Mental hospitals Bombay report 1929-33 - 1929-1933
Year: 1929
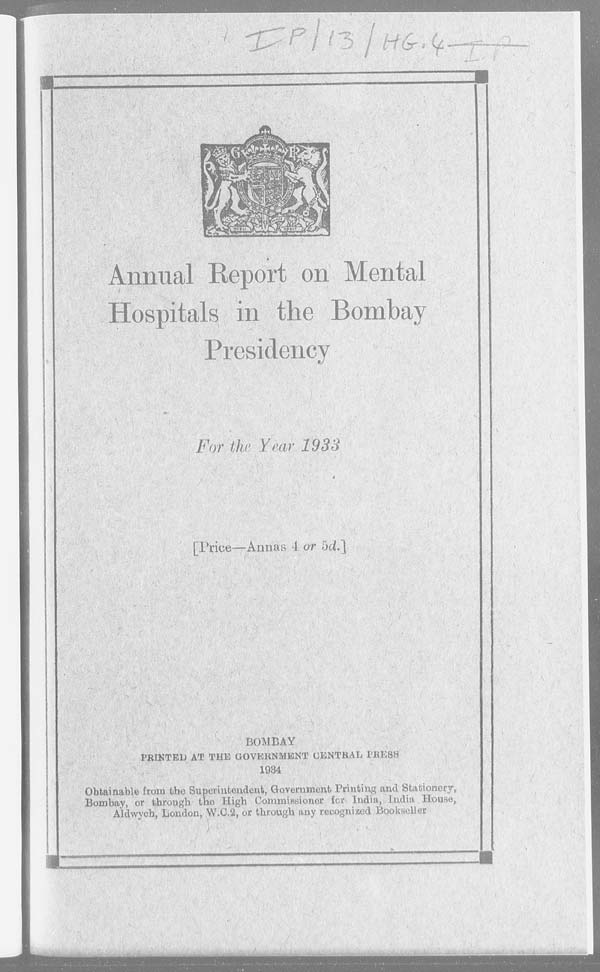
Annual Report on Mental
Hospitals in the Bombay
Presidency
For the Year 1933
[Price—Annas 4 or 5d.]
BOMBAY
PRINTED AT THE GOVERNMENT CENTRAL PRESS
1934
Obtainable from the Superintendent, Government Printing and Stationery,
Bombay, or through the High Commissioner for India, India House,
Aldwych, London, W.C.2, or through any recognized Bookseller.